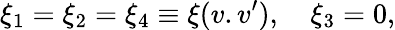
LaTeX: \xi_{1}=\xi_{2}=\xi_{4}\equiv\xi(v.v^{\prime}),~~~~\xi_{3}=0,